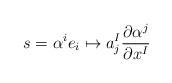
LaTeX: \begin{align*} s = \alpha^ie_i \mapsto a_j^I \frac{\partial \alpha^j}{\partial x^I} \end{align*}